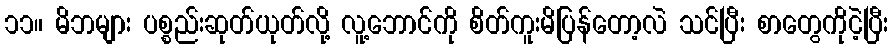
၁၁။ မိဘများ ပစ္စည်းဆုတ်ယုတ်လို့ လူ့ဘောင်ကို စိတ်ကူးမိပြန်တော့လဲ သင်ပြီး စာတွေကိုငဲ့ပြီး